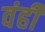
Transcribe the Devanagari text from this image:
वंही